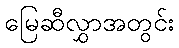
မြေဆီလွှာအတွင်း